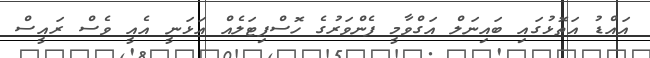
އަައްޑު އަތޮޅުގައި ބައިނަލް އަގްވާމީ ފެންވަރުގެ ހޮސްޕިޓަލެއް އަޅަނީ އެއީ ވެސް ރައީސް